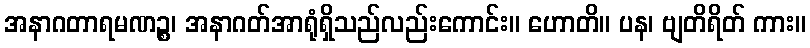
အနာဂတာရမဏဉ္စ၊ အနာဂတ်အာရုံရှိသည်လည်းကောင်း။ ဟောတိ။ ပန၊ ဗျတိရိတ် ကား။